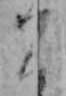
こ